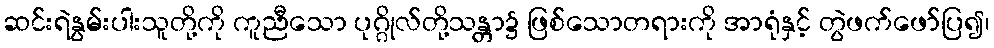
ဆင်းရဲနွမ်းပါးသူတို့ကို ကူညီသော ပုဂ္ဂိုလ်တို့သန္တာ၌ ဖြစ်သောတရားကို အာရုံနှင့် တွဲဖက်ဖော်ပြ၍၊